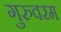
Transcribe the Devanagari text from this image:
गुरुवरम